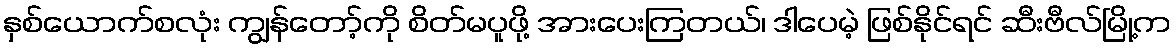
နှစ်ယောက်စလုံး ကျွန်တော့်ကို စိတ်မပူဖို့ အားပေးကြတယ်၊ ဒါပေမဲ့ ဖြစ်နိုင်ရင် ဆီးဗီလ်မြို့က